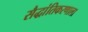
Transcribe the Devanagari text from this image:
सैद्धांतिकरणाला